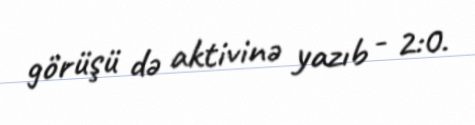
görüşü də aktivinə yazıb - 2:0.